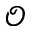
\mathcal { O }